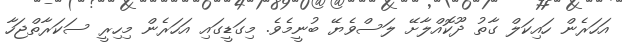
އަހަރެން ހައިކަލް ގާތު ދޫކޮއްލާށޭ ލަސްވެޔޭ ބުނީމެވެ. މިގަޑީގައި އަހަރެން މިހިރީ ސަކަރާތްޖަހާ